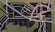
કિ